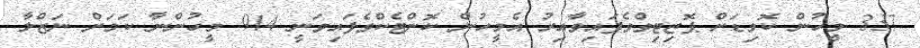
337 މީހުން ކޮވިޑަށް ޕޮޒިޓިވްވެފައިވާއިރު އެމީހުން ކޮންޓެކްވެފައިވަނީ 914 މީހުންނާ ކަމަށް ނަޒްލާ